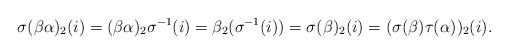
LaTeX: \begin{align*}\sigma(\beta \alpha)_2(i) = (\beta \alpha)_2 \sigma^{-1}(i) = \beta_2(\sigma^{-1}(i)) = \sigma(\beta)_2(i) = (\sigma(\beta) \tau(\alpha))_2(i).\end{align*}